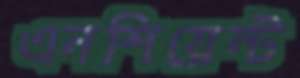
এনশিয়েন্ট